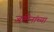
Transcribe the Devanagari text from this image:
जमिनांच्या